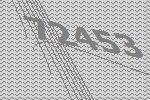
72453